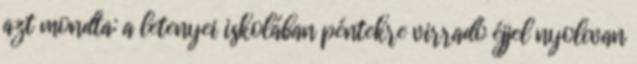
azt mondta: a letenyei iskolában péntekre virradó éjjel nyolcvan